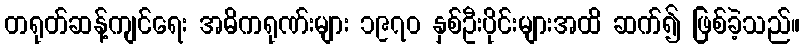
တရုတ်ဆန့်ကျင်ရေး အဓိကရုဏ်းများ ၁၉၇၀ နှစ်ဦးပိုင်းများအထိ ဆက်၍ ဖြစ်ခဲ့သည်။